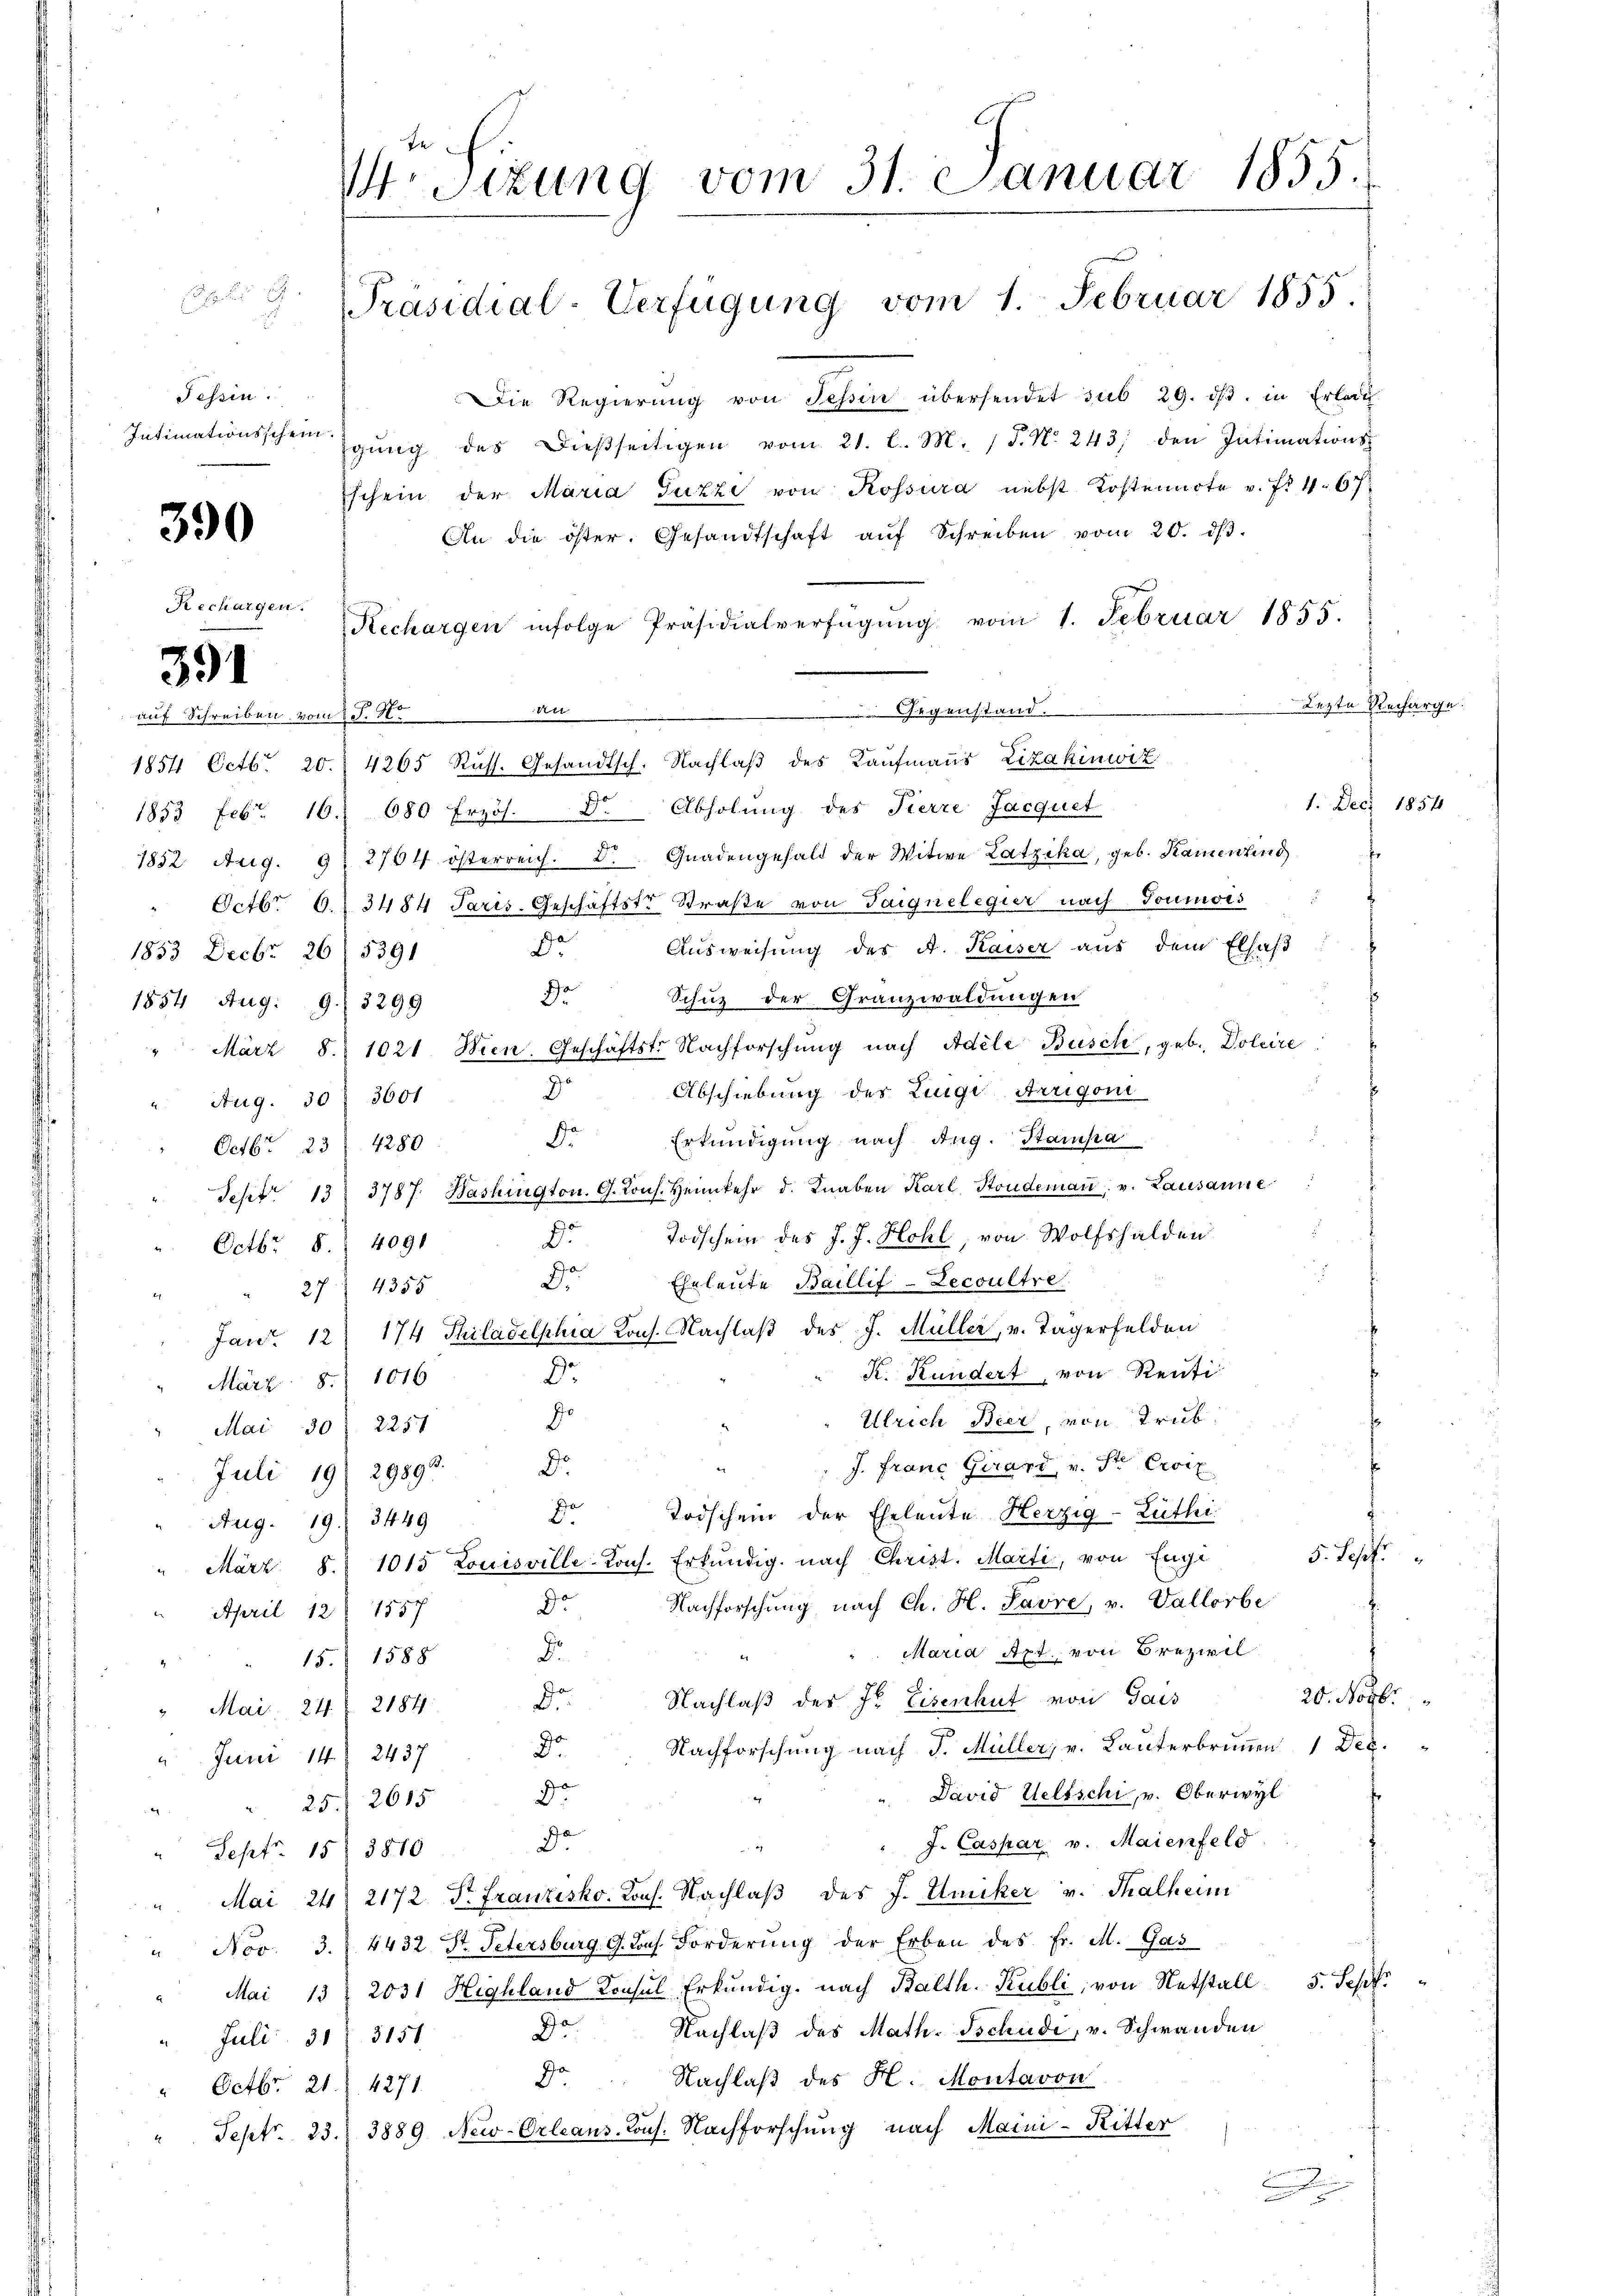
u
Tessin.

390

391

auf Schreiben vom J. Ho

Die Regierŭng von Tessin übersendet sub 29. dβ. in Erlau
Intimationsscheinigŭng des dießseitigen vom 21. l. M. 15. N. 243; den Intimations-
schein der Maria Guzzi von Kossura nebst Kostennote v. fr. 467
An die öster. Gesandtschaft aŭf Schreiben vom 20. dβ.
Rechargen.
Rechargen infolge Präsidialverfügŭng vom 1. Februar 1855.
d
1854 Octb. 20. 4265 Russ. Gesandtsch. Nachlaβ des Kaufmanns Lizakinwiz
1853 Febr. 16. 680 frzös. Dr. Abholung des Tierre Jacquet
1852 Aug. 9. 2704 österreich. D. Gnadengehalt der Witwe Latzika, geb. Kamenting
" Octbr. 6. 3484 Paris. Geschäftstr Straße von Taignelegier nach Toumois
Ausweisung des A. Kaiser aus dem Elsas
de
1853 Decbr. 26. 5391
Schuz der Granzwaldungen
Da
1854 Aug. 19. 3299
" März 8. 1021 Wien. Geschäftstr. Nachforschŭng nach Adele Busch, geb. Doleire
o
Abschiebung des Luigi-Arrigoni
Aug. 30 f 3601
Erkundigung nach Aug. Stampa
J
Octbr. 23. 4280
Sept. 13. 3787. Washington. G. Kons. Heimkehr d. Knaben Karl Stondemaṅ u. Lausanne
Dr Todschein des J. J. Hohl, von Wolfshalden
Octbr. 8. 4091
r
Eheleute Baillif-Lecoultre
27. 4355
Janr. 12 174 Philadelphia Kons. Nachlaβ des J. Müller, v. Tagerfelden
K. Kundert, von Renti
.
März 8. 1016
e
Ulrich Beer, von Trub
Mai 30. 2251
J. Franz Girard, v. St. Croix
Dr.
Juli 191 29893.
Todschein der Eheleute Herzig-Luthi
De
Aug. 19. 3449
5. Sept.
März S. 1015 Louisville-Kons. Erkŭndig. nach Christ. Marti, von Engi
Nachforschung nach Ch. H. Savre, v. Vallorbe
De
April 12 f 1557
Maria Apt. von Brezivil
Dr.
t
 15. 1588
20. Novbr
Nachlaß des Jb. Eisenhut von Gais
Dr.
" Mai. 24. 2184.
Nachforschung nach J. Müller, v. Lauterbrunnen 1 Dez.
Dr.
2 Juni 14. 2437
David Weltschi, v. Oberwyl
r
25 2615
" J. Caspar v. Maienfeld
De
Sept. 15. 3810
Mai 24 2172. Dr. Franzisko. Kons. Nachlaβ des J. Umiker v. Thalheim
" Nov. 3. 4432 St. Petersburg G. Cons. Forderŭng der Erben des Fr. M. Gas
Mai 13. 2031 Highland Konsul Erkŭndig. nach Balth. Kubli, von Notstall 5. Sept
Nachlaß des Math. Tschudi, v. Schwanden
De
Juli 31. 3151.
Nachlaß des H. Montavon
Do
Octbr. 21. Z. 4271.
Sept. 23. 3889 New-Orleans-Cons. Nachforschung nach Maini-Kitter
.

fe
W Sizung vom 31. Januar 1855.
Präsidial-Verfügung vom 1. Februar 1855.

Gegenstand.

1. Dec. 1854

Lezte Recharge.